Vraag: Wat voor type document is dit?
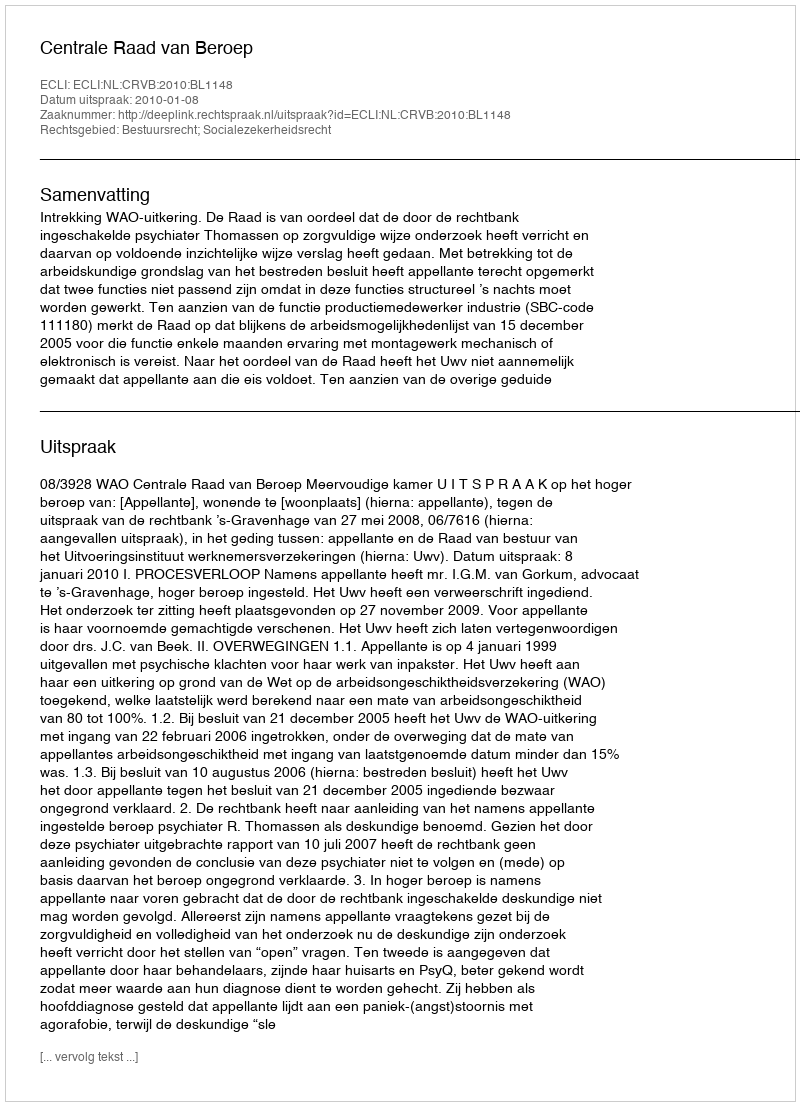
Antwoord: Uitspraak